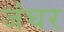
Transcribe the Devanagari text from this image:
जंघर